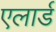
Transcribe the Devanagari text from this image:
एलार्ड